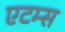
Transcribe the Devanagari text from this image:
एटम्स